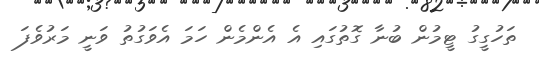
ތަހުގީގު ޓީމުން ބުނާ ގޮތުގައި އެ އެންމެން ހަމަ އެވަގުތު ވަނީ މަރުވެފަ